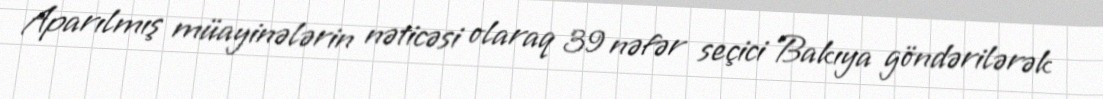
Aparılmış müayinələrin nəticəsi olaraq 39 nəfər seçici Bakıya göndərilərək